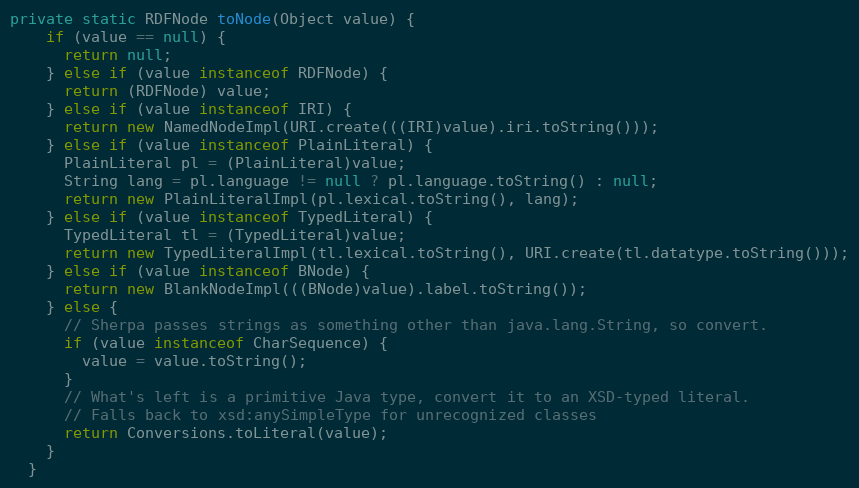
Language: Java
private static RDFNode toNode(Object value) {
    if (value == null) {
      return null;
    } else if (value instanceof RDFNode) {
      return (RDFNode) value;
    } else if (value instanceof IRI) {
      return new NamedNodeImpl(URI.create(((IRI)value).iri.toString()));
    } else if (value instanceof PlainLiteral) {
      PlainLiteral pl = (PlainLiteral)value;
      String lang = pl.language != null ? pl.language.toString() : null;
      return new PlainLiteralImpl(pl.lexical.toString(), lang);
    } else if (value instanceof TypedLiteral) {
      TypedLiteral tl = (TypedLiteral)value;
      return new TypedLiteralImpl(tl.lexical.toString(), URI.create(tl.datatype.toString()));
    } else if (value instanceof BNode) {
      return new BlankNodeImpl(((BNode)value).label.toString());
    } else {
      // Sherpa passes strings as something other than java.lang.String, so convert.
      if (value instanceof CharSequence) {
        value = value.toString();
      }
      // What's left is a primitive Java type, convert it to an XSD-typed literal.
      // Falls back to xsd:anySimpleType for unrecognized classes
      return Conversions.toLiteral(value);
    }
  }